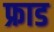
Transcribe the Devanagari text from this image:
फ्राड